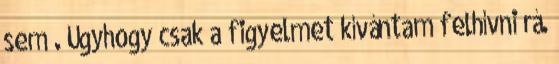
sem . Úgyhogy csak a figyelmet kívántam felhívni rá.